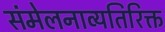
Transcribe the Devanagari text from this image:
संमेलनाव्यतिरिक्त